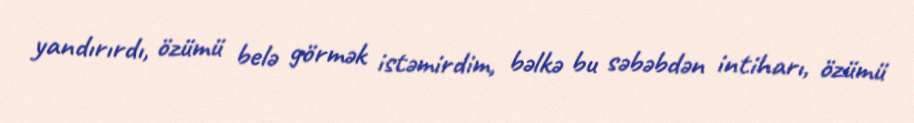
yandırırdı, özümü belə görmək istəmirdim, bəlkə bu səbəbdən intiharı, özümü